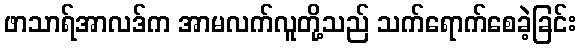
ဖာသာရ်အာလဒ်က အာမလက်လူတို့သည် သက်ရောက်စေခဲ့ခြင်း